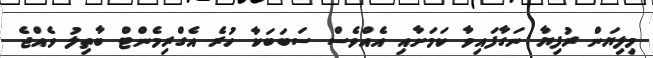
މިލިޔަން ރުފިޔާ ނަގާފައިވާ ކަމަށާއި އެއްވެސް ސަބަބަކާ ހުރެ އެގްރިމެންޓް ބާތިލު ވެއްޖެ